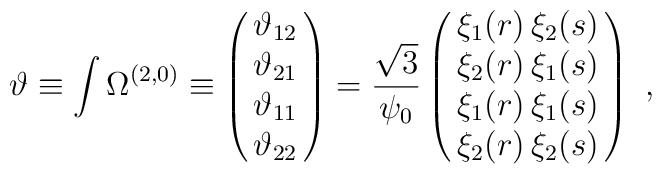
{ \vartheta} \equiv \int \Omega^{(2,0)}\equiv\left( \matrix{ \vartheta_{12} \cr \vartheta_{21} \cr\vartheta_{11} \cr \vartheta_{22} \cr} \right) =\frac{\sqrt{3}}{\psi_0}\left( \matrix{ \xi_1(r) \, \xi_2(s) \cr                 \xi_2(r) \, \xi_1(s) \cr                 \xi_1(r) \, \xi_1(s) \cr                 \xi_2(r) \, \xi_2(s) \cr                 } \right)\ ,